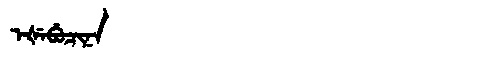
Manchu: ᡝᡧᡝᠪᡠᠴᡳᠨᠠ
Romanization: EŠEBUCINA